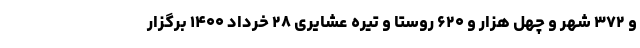
و ۳۷۲ شهر و چهل هزار و ۶۲۰ روستا و تیره عشایری ۲۸ خرداد ۱۴۰۰ برگزار